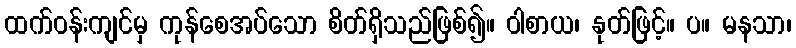
ထက်ဝန်းကျင်မှ ကုန်စေအပ်သော စိတ်ရှိသည်ဖြစ်၍။ ဝါစာယ၊ နုတ်ဖြင့်။ ပ။ မနသာ၊